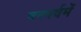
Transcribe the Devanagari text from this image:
वनपर्वमें